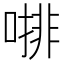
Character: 𠼕